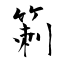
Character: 箣